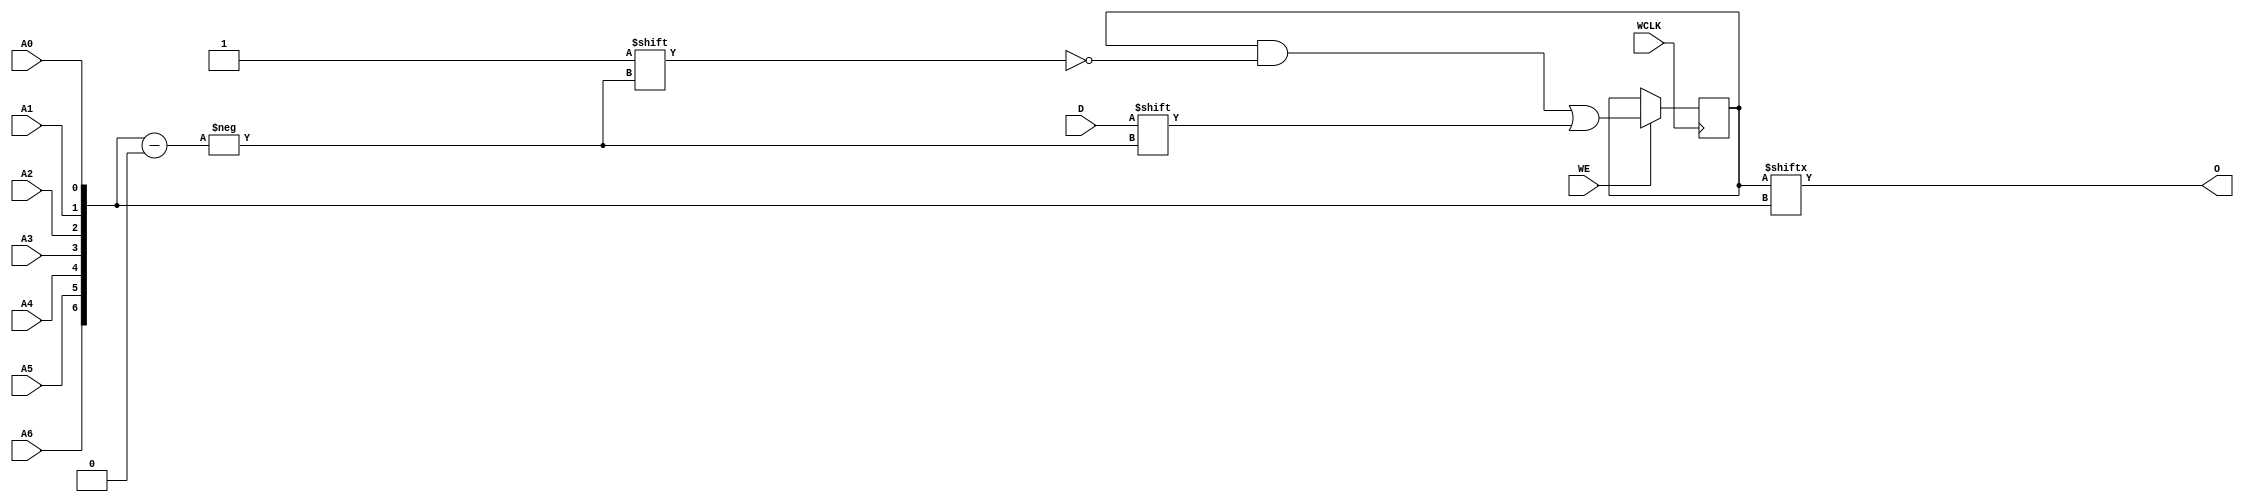
`ifdef verilator3
`else
`timescale 1 ps / 1 ps
`endif
//
// RAM128X1S primitive for Xilinx FPGAs
// Compatible with Verilator tool (www.veripool.org)
// Copyright (c) 2019-2022 Frdric REQUIN
// License : BSD
//

/* verilator coverage_off */
module RAM128X1S
#(
    parameter [127:0] INIT = 128'h0,
    parameter   [0:0] IS_WCLK_INVERTED = 1'b0
)
(
    // Write clock
    input  wire       WCLK,
    // Write enable
    input  wire       WE,
    // Read / Write address
    input  wire       A0,
    input  wire       A1,
    input  wire       A2,
    input  wire       A3,
    input  wire       A4,
    input  wire       A5,
    input  wire       A6,
    // Data in
    input  wire       D,
    // Data out
    output wire       O
);
    // Read / Write address
    wire   [6:0] _w_A = { A6, A5, A4, A3, A2, A1, A0 };
    // 128 x 1-bit Select RAM
    reg  [127:0] _r_mem;
    
    // Power-up value
    initial begin : INIT_STATE
        _r_mem = INIT;
    end
    
    // Synchronous memory write
    generate
        if (IS_WCLK_INVERTED) begin : GEN_WCLK_NEG
            always @(negedge WCLK) begin : MEM_WRITE
            
                if (WE) begin
                    _r_mem[_w_A] <= D;
                end
            end
        end
        else begin : GEN_WCLK_POS
            always @(posedge WCLK) begin : MEM_WRITE
            
                if (WE) begin
                    _r_mem[_w_A] <= D;
                end
            end
        end
    endgenerate
    
    // Asynchronous memory read
    assign O = _r_mem[_w_A];

endmodule
/* verilator coverage_on */